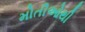
મોતીઓથી